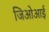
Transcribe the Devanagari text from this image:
जिओआई